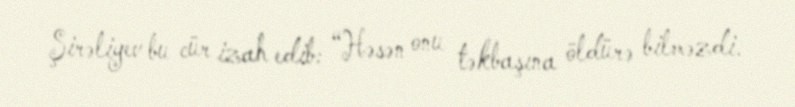
Şirəliyev bu cür izah edib: “Həsən onu təkbaşına öldürə bilməzdi.